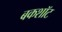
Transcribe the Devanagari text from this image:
बकशॉट